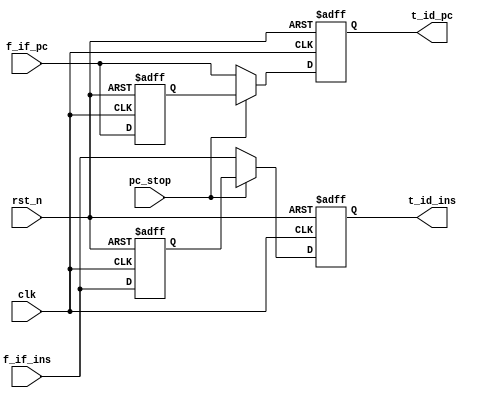
`timescale 1ns / 1ps

module REG_IF_ID(
    input clk,
    input rst_n,
    input[31:0] f_if_pc,
    input[31:0] f_if_ins,
    input pc_stop,
//    input pc_continue,
    output reg[31:0] t_id_pc,
    output reg[31:0] t_id_ins
);
reg[31:0] pc_reserve;
reg[31:0] ins_reserve;
always @(posedge clk or negedge rst_n)begin
    if(~rst_n)begin
        t_id_pc[31:0] <= 32'h0000_0000;
        t_id_ins[31:0] <= 32'h0000_0000;
        pc_reserve <= {32{1'b0}};
        ins_reserve <= {32{1'b0}};
    end
    else begin
        if(pc_stop)begin
            t_id_pc = pc_reserve[31:0];
            t_id_ins = ins_reserve[31:0];
            pc_reserve = f_if_pc[31:0];
            ins_reserve = f_if_ins[31:0];
        end
//        else if(pc_continue)begin
//            t_id_pc = pc_reserve[31:0];
//            t_id_ins = ins_reserve[31:0];
//            pc_reserve <= f_if_pc[31:0];
//            ins_reserve <= f_if_ins[31:0];
//        end
        else begin
            pc_reserve = f_if_pc[31:0];
            ins_reserve = f_if_ins[31:0];
            t_id_pc = pc_reserve[31:0];
            t_id_ins = ins_reserve[31:0];
        end
    end
end
endmodule